system: You are a helpful assistant.
user:
Analyze the provided spectrum to determine if it is a **Carbon Star (C-type)**.

- **Key Visual Indicators of Carbon Star:**
    - **(Primary):** Strong molecular absorption from **C₂ (diatomic carbon) "Swan Bands."** This is the **defining feature** of a carbon star.
        - **(Key Bandheads):** Sharp absorption edges are visible at approximately $5635$ Å, $5165$ Å (the strongest band), and $4737$ Å.
        - **(Line Profile):** Creates a distinct **"saw-tooth"** pattern. The key morphology is a sharp, steep bandhead on the **red (long-wavelength) side**, which then gradually tapers off (i.e., flux recovers) towards the **blue (short-wavelength) side**. *(This is the direct opposite of the TiO bands seen in M-type stars)*.

    - **(Secondary):** Intense **CN (cyanogen)** molecular absorption bands.
        - **(Key Bandheads):** Located in the blue and violet regions of the spectrum (e.g., near $4215$ Å and $3883$ Å).
        - **(Morphology):** These bands are extremely broad and act as a "blanket," absorbing the vast majority of blue and violet light. This creates a characteristic **"cliff"** or **"steep drop-off"** in the spectrum's flux at short wavelengths.

    - **(Key Confirmation):** Strong **CH absorption band (G-band)**.
        - **(Key Bandhead):** Located around $4300$ Å. The contribution from CH molecules to this band is exceptionally strong.

    - **(Overall Spectrum):**
        - The continuum is severely "chopped up" by these deep molecular bands, especially C₂, rather than appearing as a smooth curve.
        - Due to the heavy CN and C₂ absorption in the blue-green, the vast majority of the star's flux is concentrated in the red part of the spectrum, giving the star its characteristic deep red color.

Think first, call **spectral_visualization_tool** if needed to examine features in detail, then provide your final answer. Your response must adhere to the following strict rules:
1.  **Overall Structure:** Your response must follow the format `<think>...</think> <tool_call>...</tool_call> (if a tool is used) <answer>...</answer>`.
2.  **Tool Usage Constraint:** You may only make **one** tool call per turn.
3.  **Final Answer Format:** In the `<answer>` tag, your conclusion must be inside a `\boxed{}` command (e.g., `\boxed{YES}`), followed by your justification.

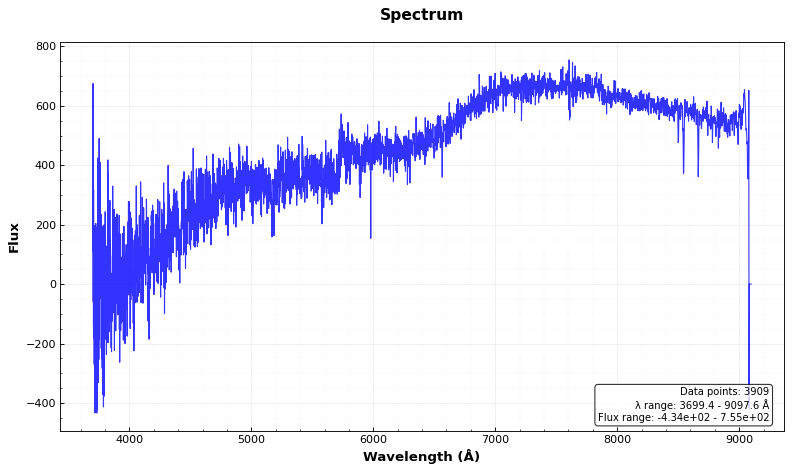
Answer: NO